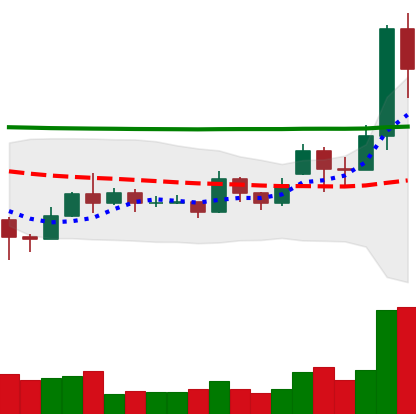
Ticker: EOS-USD
Chart end date: 2020-11-22
Forward return: -5.903%
Label: down_5_7